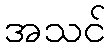
အသင်